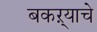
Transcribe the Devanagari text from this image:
बकऱ्याचे